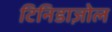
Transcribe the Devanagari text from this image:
टिनिडाज़ोल